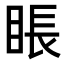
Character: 𥇔